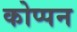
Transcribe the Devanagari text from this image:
कोप्पन